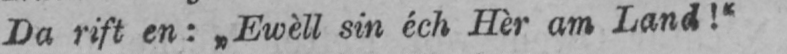
Da rift en: „Ewèll sin éch Hèr am Land!“